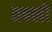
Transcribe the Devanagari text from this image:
तबली